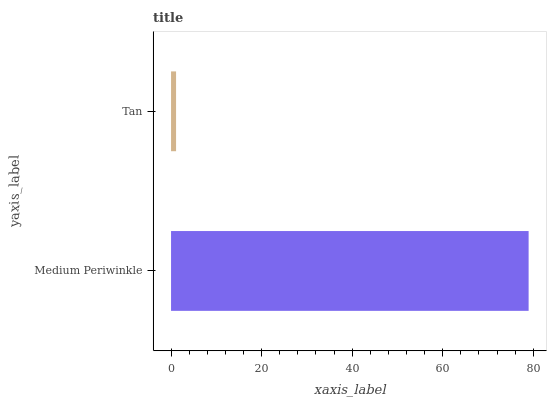
| yaxis_label | bars |
 | --- | --- |
 | Medium Periwinkle | 79 |
 | Tan | 1.11 |